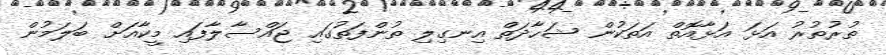
ތުރުތުރު އަޅަ އަޅާއޮތް އަތަކުން ޝަހާދަތް އިނގިލި ތުންފަތުގައި ޖައްސާލާފައި މީކާއަށް ބަލަމުން